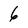
Character: 6